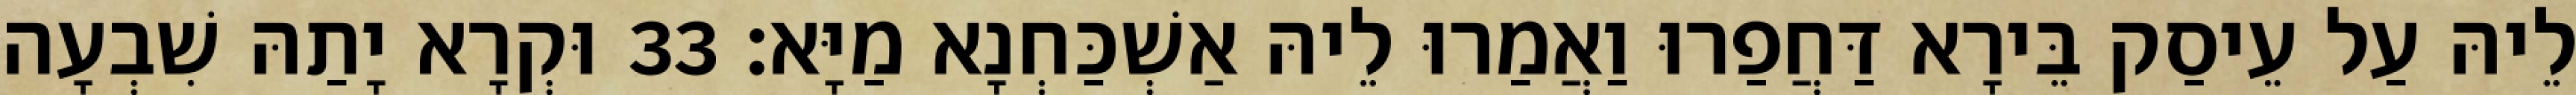
לֵיהּ עַל עֵיסַק בֵּירָא דַּחֲפַרוּ וַאֲמַרוּ לֵיהּ אַשְׁכַּחְנָא מַיָּא׃ 33 וּקְרָא יָתַהּ שִׁבְעָה